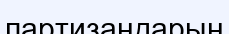
партизандарын